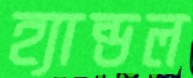
হ্যান্ডল